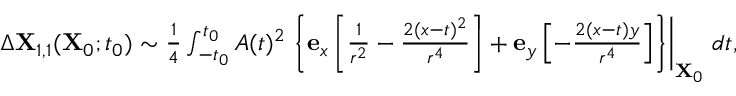
\begin{array} { r } { \Delta \mathbf { X } _ { 1 , 1 } ( \mathbf { X } _ { 0 } ; t _ { 0 } ) \sim \frac { 1 } { 4 } \int _ { - t _ { 0 } } ^ { t _ { 0 } } A ( t ) ^ { 2 } \left. \left\{ \mathbf { e } _ { x } \left[ \frac { 1 } { r ^ { 2 } } - \frac { 2 ( x - t ) ^ { 2 } } { r ^ { 4 } } \right] + \mathbf { e } _ { y } \left[ - \frac { 2 ( x - t ) y } { r ^ { 4 } } \right] \right\} \right\vert _ { \mathbf { X } _ { 0 } } \, d t , } \end{array}